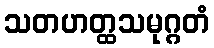
သတဟတ္ထသမုဂ္ဂတံ